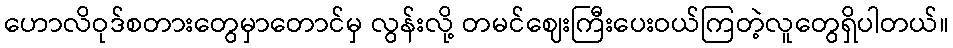
ဟောလိဝုဒ်စတားတွေမှာတောင်မှ လွန်းလို့ တမင်ဈေးကြီးပေးဝယ်ကြတဲ့လူတွေရှိပါတယ်။